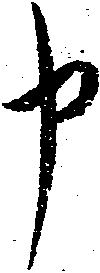
申